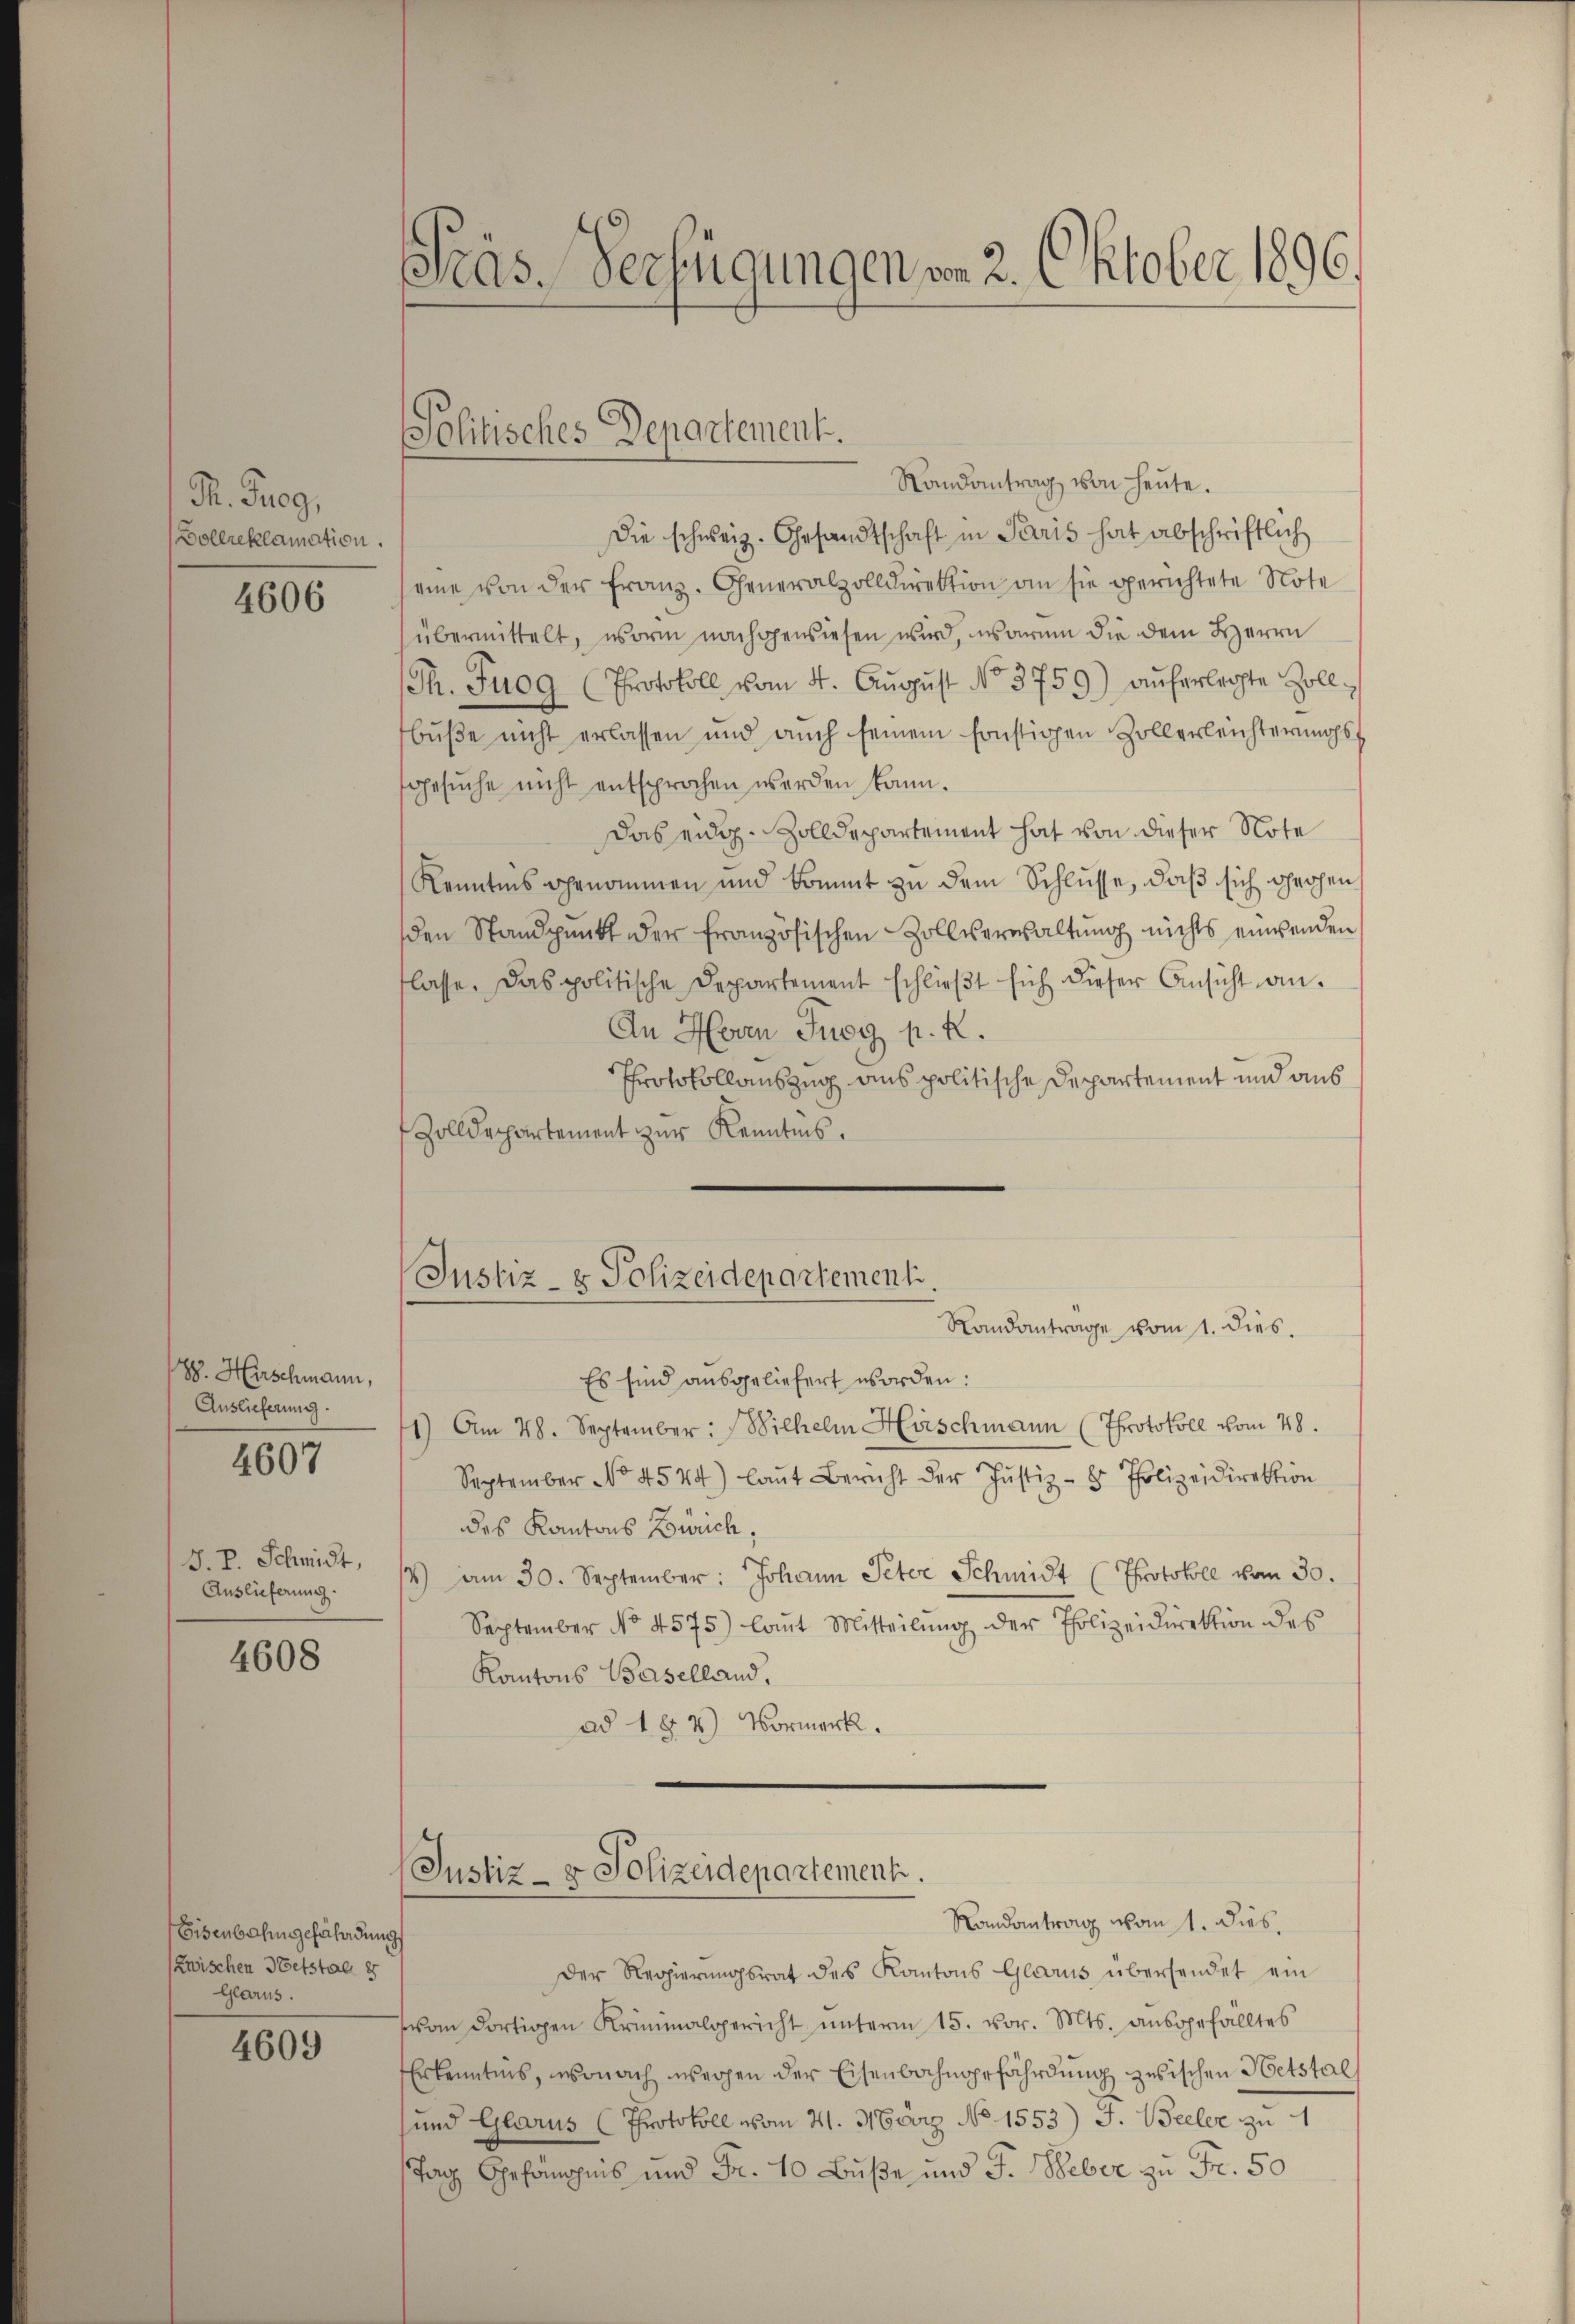
H. Prog
Bollreklamation.

4606

88. Hirschmann,
Auslieferung.
4607

J. P. Schmidt,
Auslieferung.

4608

Eisenbahngefährdung
Zwischen Betstal 8
Glarus.

4609

Pras. Verfügungen von 2. Oktober 1896.

Solitisches Departement.

Randantrag von heute.
Die schweiz. Gesandtschaft in Paris hat abschriftlich
eine von der Franz. Generalzolldirektion an sie gerichtete Note
übermittelt, worin nachgewiesen wird, waren die dem Herrn
(Th. Fuog (Protokoll vom 4. Aŭgŭst No. 3759) auferlegte Zollbuße nicht erlassen und auch seinem sonstigen Zollerleichterungsgesŭche nicht entsprochen werden kann.
Das eidg. Zolldepartement hat von dieser Note
Kenntnis genommen und kommt zu dem Schlüsse, daß sich drohen
den Standpunkt der französischen Zollverwaltung nichts einwenden
flasse. Das politische Departement schlieβt sich dieser Ansicht an.
An Herrn Jung p. R.
Protokollauszug aus politische Departement und aus
Zolldepartement zur Kenntnis.
Justiz- & Polizeidepartement.
Randantrage vom 1. dies.
Es sind ausgeliefert worden:
11) Am 28. September: Wilhelm Hirschmann (Protokoll vom 28.
September No. 4544) laŭt Bericht der Justiz- & Polizeidirektion
des Kantons Zürich.
/4 am 30. September: Johann Peter Schmidt (Protokoll vom 30.
September No 4575) laut Mitteilŭng der Polizeidirektion des
Kantons Baselland,
ad 1 § 4 Vormerk.

Justiz- & Polizeidepartement
Randantrag von 1. Dies

Der Regierungsrat des Kantons Glarus übersendet ein
von dortigen Kriminalgericht ŭnterm 15. vor. Mts. aŭsgefälltes
Erkenntnis, wonach weigen der Eisenbahngefährdung zwischen Hetstal
und Glarus (Protokoll vom 21. März No 1553) J. Beeler zu 1
Tag Gefanonis und Fr. 10 Buße und J. Weber zu Fr. 50